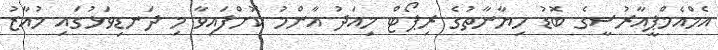
އެމްއެމްޕީއާރުސީގެ ބޮޑު ހިޔާނާތުގެ ރިޕޯޓް މިއަދު އާންމު ކޮށްފައިވާ މި ދަނޑިވަޅުގައި މުއާޒު